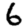
Digit: 6